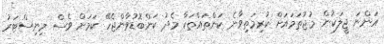
އަންނަ ޖީލަކުން މުޖުތަމައަށް ކުރިމަތިވާނެ ކަންތައްތަކާ މެދު ކަންބޮޑުވާންޖެހޭ ކަމަށް ވެސް މިނިސްޓަރު